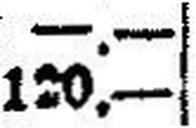
120.—